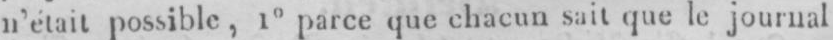
n’était possible, 1° parce que chacun sait que le journal